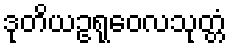
ဒုတိယဥရုဝေလသုတ္တံ